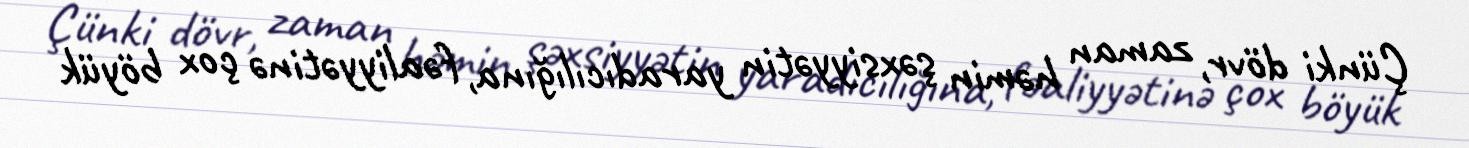
Çünki dövr, zaman həmin şəxsiyyətin yaradıcılığına, fəaliyyətinə çox böyük